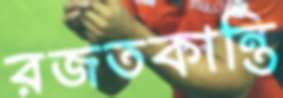
রজতকান্তি